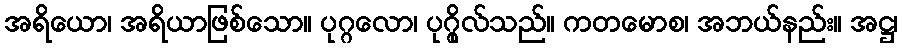
အရိယော၊ အရိယာဖြစ်သော။ ပုဂ္ဂလော၊ ပုဂ္ဂိုလ်သည်။ ကတမောစ၊ အဘယ်နည်း။ အဋ္ဌ၊